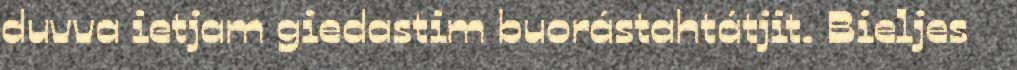
duvva ietjam giedastim buorástahtátjit. Bieljes